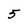
Character: 5